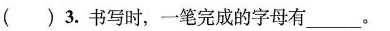
()3.书写时，一笔完成的字母有___。